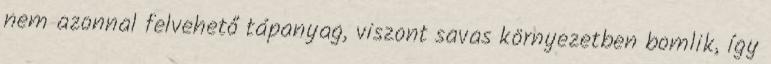
nem azonnal felvehető tápanyag, viszont savas környezetben bomlik, így